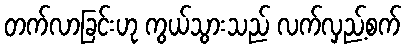
တက်လာခြင်းဟု ကွယ်သွားသည် လက်လှည့်စက်